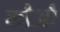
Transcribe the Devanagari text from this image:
कौऔ